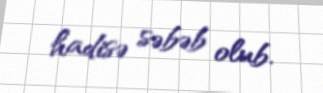
hadisə səbəb olub.